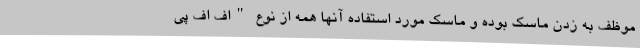
موظف به زدن ماسک بوده و ماسک مورد استفاده آنها همه از نوع "اف اف پی